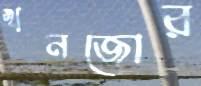
খনজোর